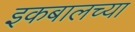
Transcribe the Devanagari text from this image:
इकबालच्या